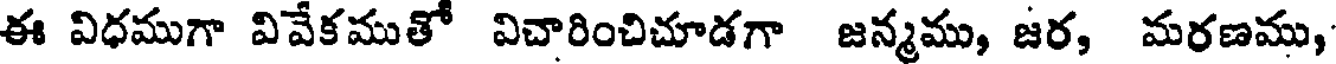
ఈ విధముగా వివేకముతో విచారించిచూడగా జన్మము, జర, మరణము,